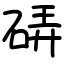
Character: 硦